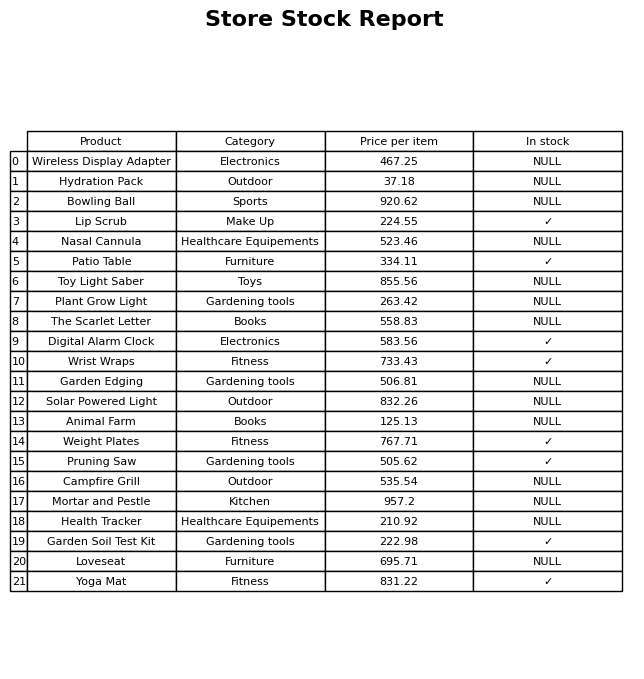
question: What is the price for Toy Light Saber?
answer: The price of Toy Light Saber is 855.56.